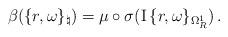
LaTeX: \begin{align*}\beta( \{r, \omega\}_{\natural})= \mu\circ \sigma ({\rm I}\, \{r, \omega\}_{\Omega^1_R}) \, .\end{align*}